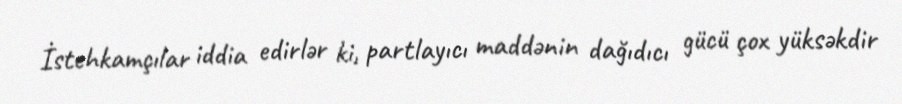
İstehkamçılar iddia edirlər ki, partlayıcı maddənin dağıdıcı gücü çox yüksəkdir